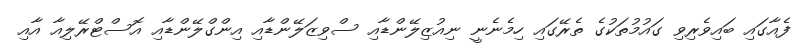
ފެއާގައި ބައިވެރިވި ގައުމުތަކުގެ ތެރޭގައި ހިމެނެނީ ނިއުޒިލޭންޑާއި ސްވިޒަލޭންޑާއި އިންގްލޭންޑާއި އޮސްޓްރޭލިއާ އާއި